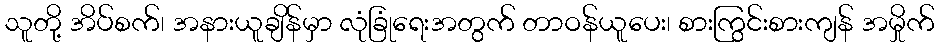
သူတို့ အိပ်စက်၊ အနားယူချိန်မှာ လုံခြုံရေးအတွက် တာဝန်ယူပေး၊ စားကြွင်းစားကျန် အမှိုက်